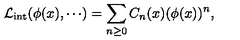
{ \cal L } _ { \mathrm { i n t } } ( \phi ( x ) , \cdots ) = \sum _ { n \geq 0 } C _ { n } ( x ) ( \phi ( x ) ) ^ { n } ,